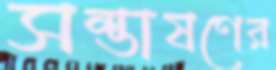
সম্ভাষণের